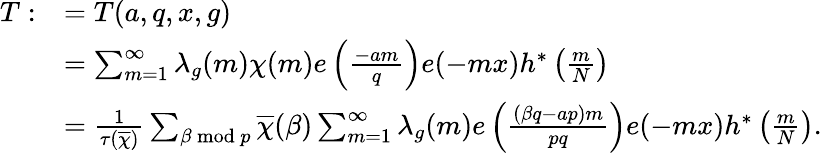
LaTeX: \begin{array}{rl}{T:}&{=T(a,q,x,g)}\\ &{=\sum_{m=1}^{\infty}\lambda_{g}(m)\chi(m)e\left(\frac{-am}{q}\right)e(-mx)h^{*}\left(\frac{m}{N}\right)}\\ &{=\frac{1}{\tau(\overline{{\chi}})}\sum_{\beta\bmod p}\overline{{\chi}}(\beta)\sum_{m=1}^{\infty}\lambda_{g}(m)e\left(\frac{(\beta q-ap)m}{pq}\right)e(-mx)h^{*}\left(\frac{m}{N}\right).}\end{array}